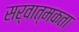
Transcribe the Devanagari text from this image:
सर्वात्मकता